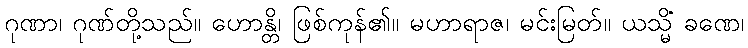
ဂုဏာ၊ ဂုဏ်တို့သည်။ ဟောန္တိ၊ ဖြစ်ကုန်၏။ မဟာရာဇ၊ မင်းမြတ်။ ယသ္မိံ ခဏေ၊